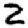
Digit: 2